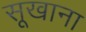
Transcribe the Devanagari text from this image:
सूखाना